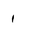
Letter: _alif